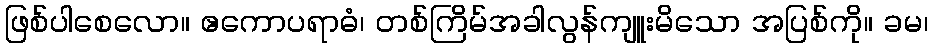
ဖြစ်ပါစေလော။ ဧကောပရာဓံ၊ တစ်ကြိမ်အခါလွန်ကျူးမိသော အပြစ်ကို။ ခမ၊